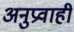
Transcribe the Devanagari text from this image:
अनुप्रवाही